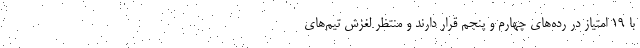
با ۱۹ امتیاز در رده‌های چهارم و پنجم قرار دارند و منتظر لغزش تیم‌های